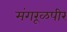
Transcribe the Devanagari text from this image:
मंगरूळपीर